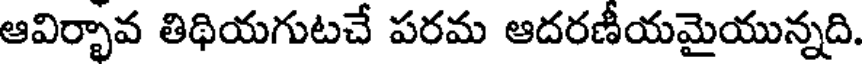
ఆవిర్భావ తిథియగుటచే పరమ ఆదరణీయమైయున్నది.